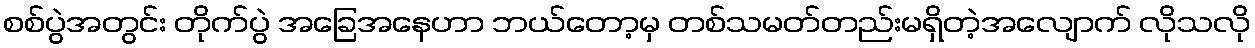
စစ်ပွဲအတွင်း တိုက်ပွဲ အခြေအနေဟာ ဘယ်တော့မှ တစ်သမတ်တည်းမရှိတဲ့အလျောက် လိုသလို